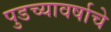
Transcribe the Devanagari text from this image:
पुडच्यावर्षाचे